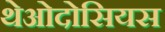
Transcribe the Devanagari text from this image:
थेओदोसियस